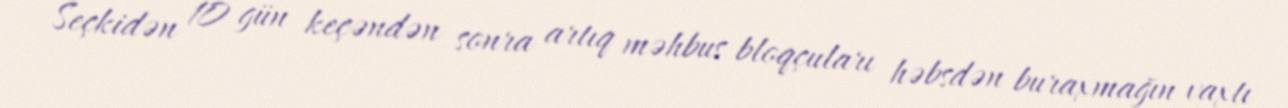
Seçkidən 10 gün keçəndən sonra artıq məhbus bloqçuları həbsdən buraxmağın vaxtı